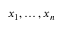
x _ { 1 } , \dots , x _ { n }